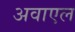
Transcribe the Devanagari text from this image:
अवाएल